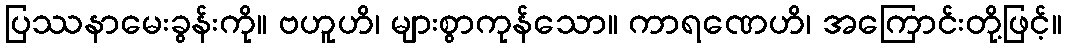
ပြဿနာမေးခွန်းကို။ ဗဟူဟိ၊ များစွာကုန်သော။ ကာရဏေဟိ၊ အကြောင်းတို့ဖြင့်။